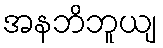
အနဘိဘူယျ